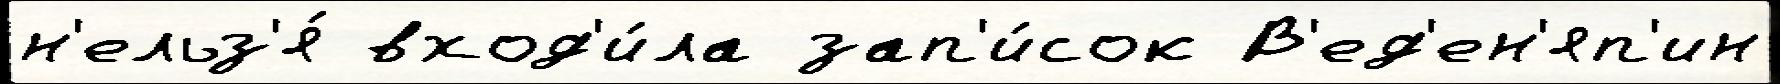
н'ельз'я́ вход'и́ла зап'и́сок В'ед'ен'яп'ин